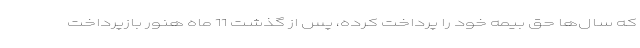
که سال‌ها حق بیمه خود را پرداخت کرده، پس از گذشت 11 ماه هنور بازپرداخت